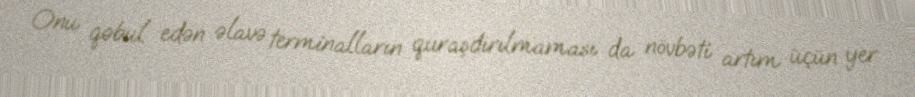
Onu qəbul edən əlavə terminalların quraşdırılmaması da növbəti artım üçün yer